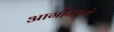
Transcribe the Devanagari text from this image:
आर्गोमध्ये